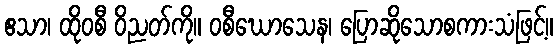
ဧသာ၊ ထိုဝစီ ဝိညတ်ကို။ ဝစီဃောသေန၊ ပြောဆိုသောစကားသံဖြင့်။